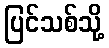
ပြင်သစ်သို့